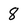
Character: 8